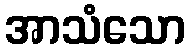
အာသံသော